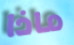
ماذا